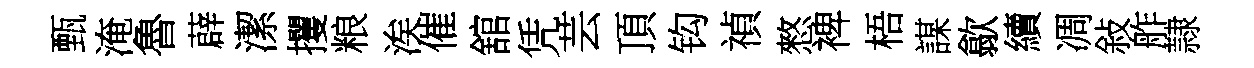
甄淹魯薜潔攫粮涘催舘凭芸頂钩禎憗裨梧謀歙續凋敍舴隷